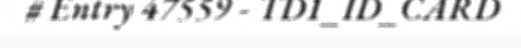
# Entry 47559 - TD1_ID_CARD